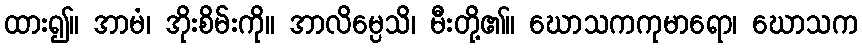
ထား၍။ အာမံ၊ အိုးစိမ်းကို။ အာလိမ္ပေသိ၊ မီးတို့၏။ ဃောသကကုမာရော၊ ဃောသက